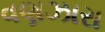
વણઝારા